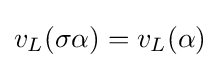
v_{L}(\sigma \alpha )=v_{L}(\alpha )